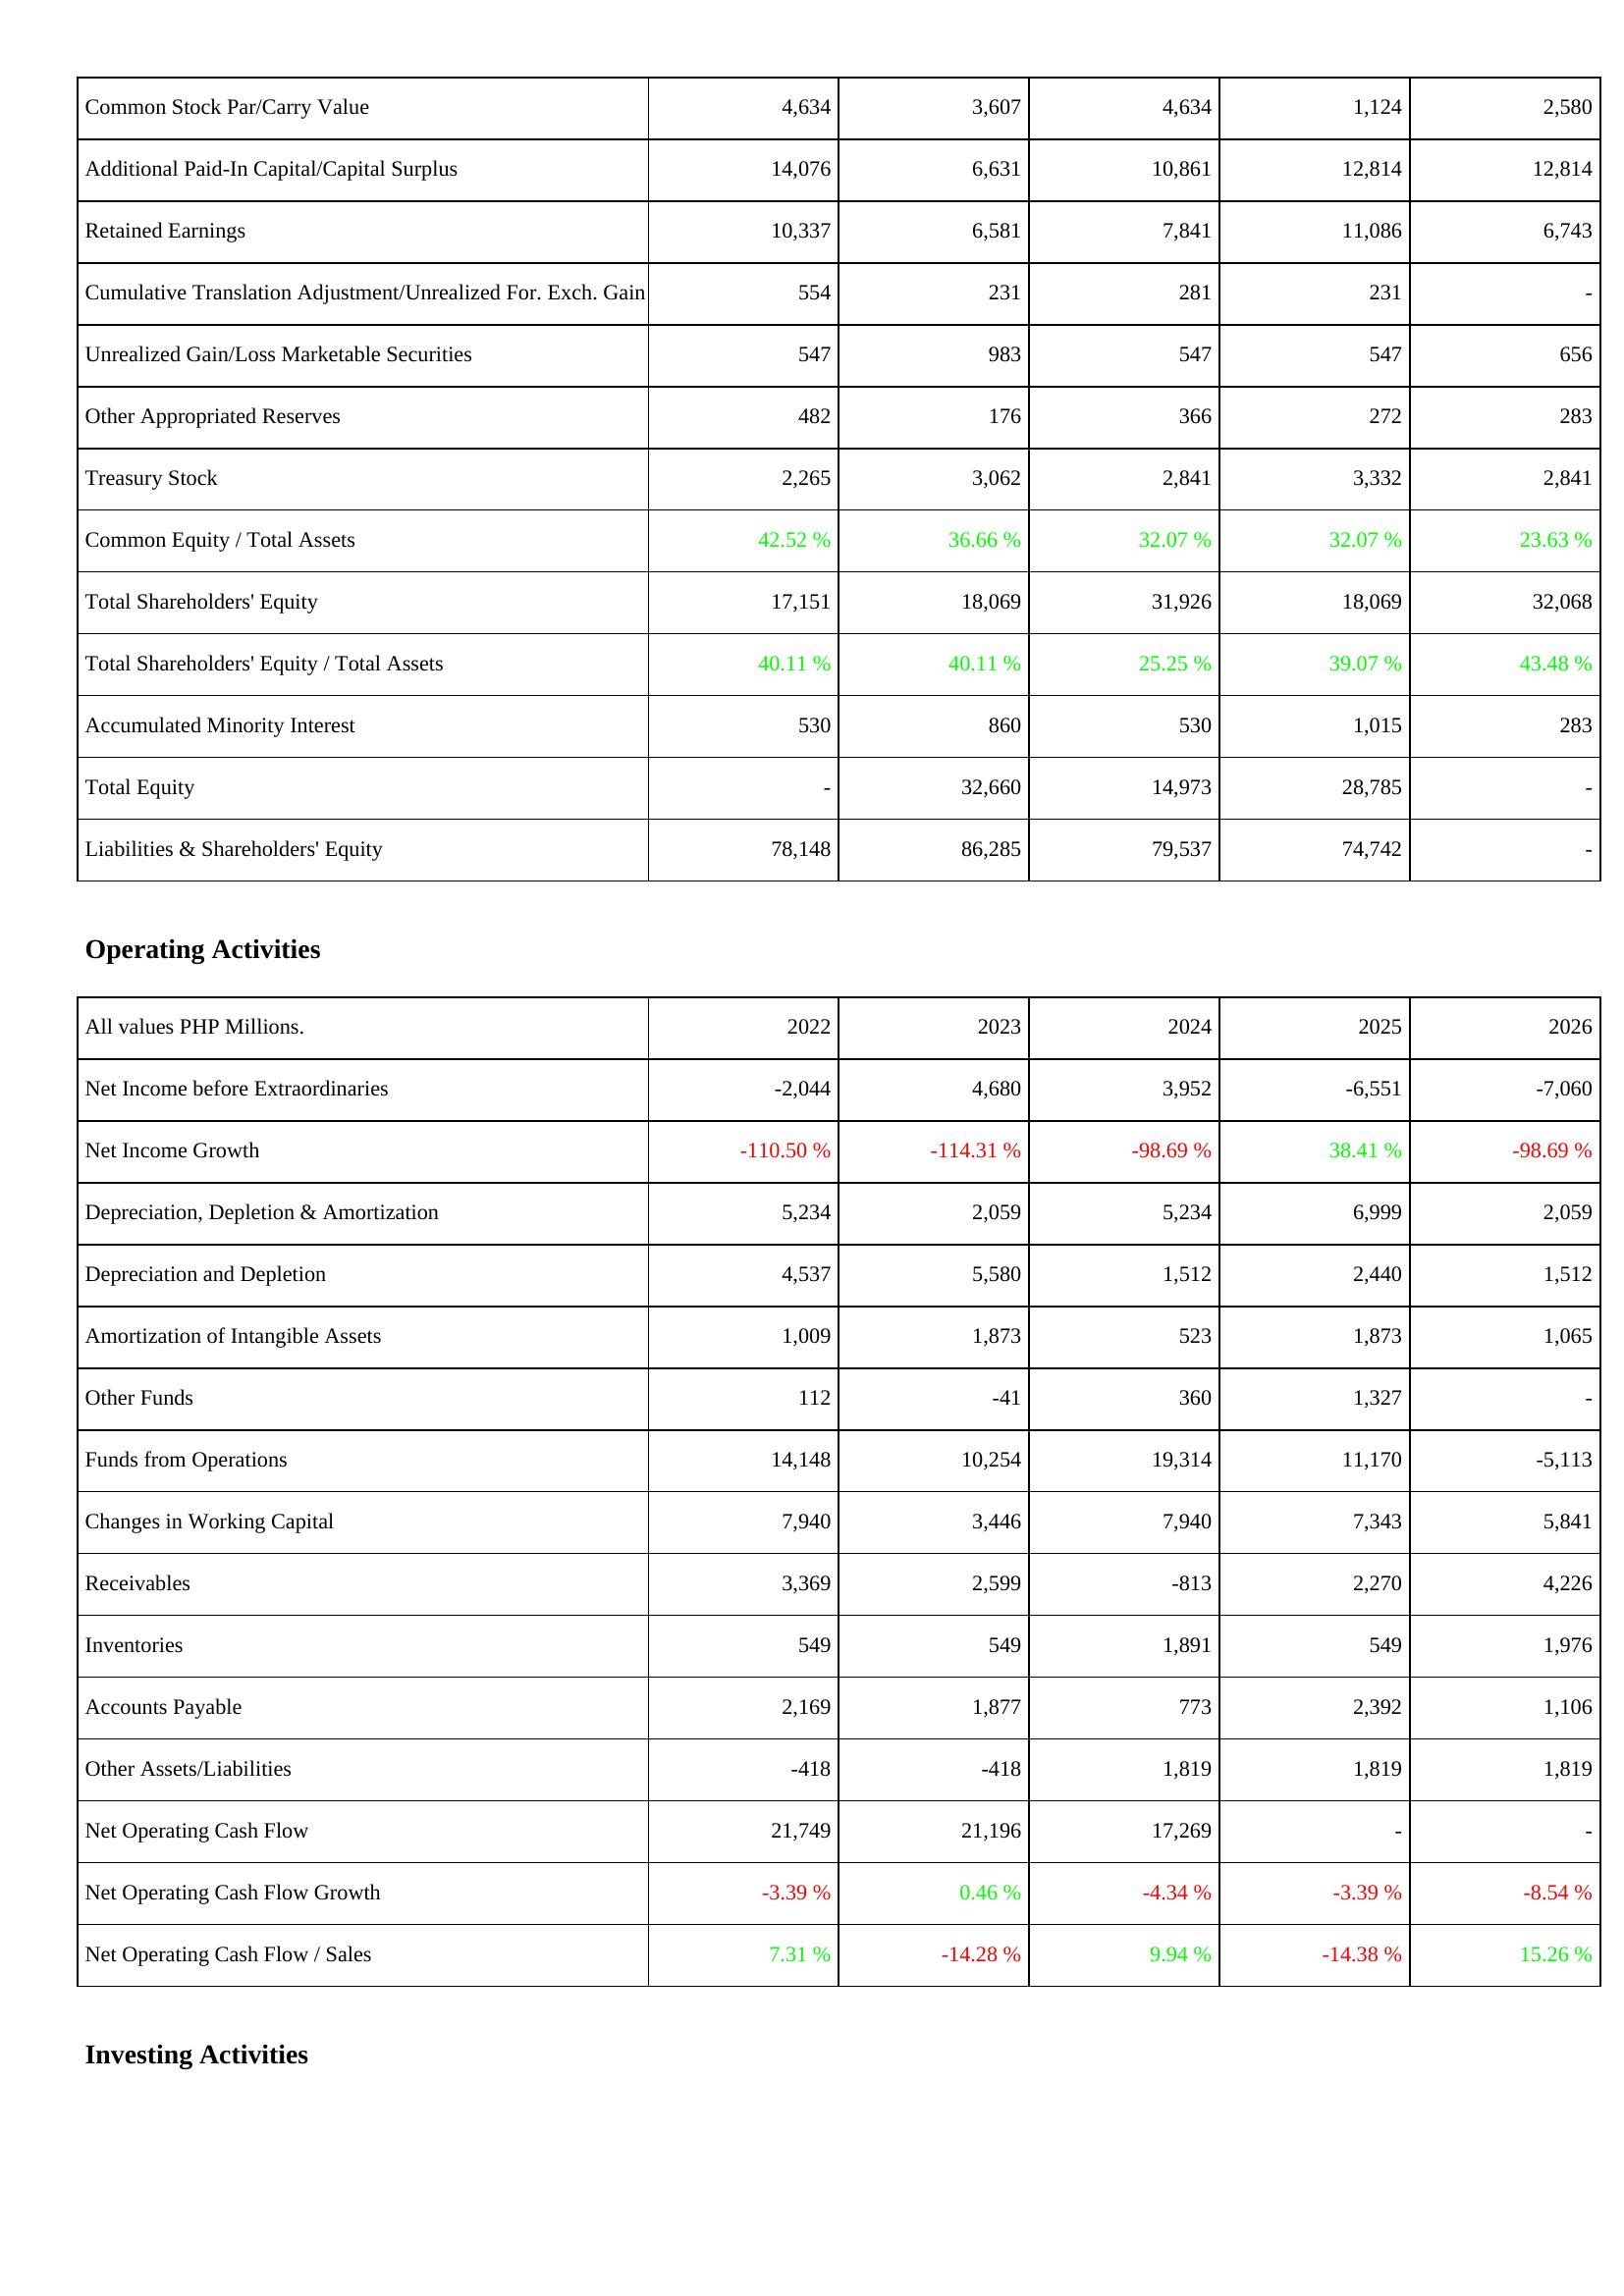
2022: Liabilities & Shareholders' Equity: Common Stock Par/Carry Value: 4,634
Additional Paid-In Capital/Capital Surplus: 14,076
Retained Earnings: 10,337
Cumulative Translation Adjustment/Unrealized For. Exch. Gain: 554
Unrealized Gain/Loss Marketable Securities: 547
Other Appropriated Reserves: 482
Treasury Stock: 2,265
Common Equity / Total Assets: 42.52 %
Total Shareholders' Equity: 17,151
Total Shareholders' Equity / Total Assets: 40.11 %
Accumulated Minority Interest: 530
Total Equity: -
Liabilities & Shareholders' Equity: 78,148
Operating Activities: Net Income before Extraordinaries: -2,044
Net Income Growth: -110.50 %
Depreciation, Depletion & Amortization: 5,234
Depreciation and Depletion: 4,537
Amortization of Intangible Assets: 1,009
Other Funds: 112
Funds from Operations: 14,148
Changes in Working Capital: 7,940
Receivables: 3,369
Inventories: 549
Accounts Payable: 2,169
Other Assets/Liabilities: -418
Net Operating Cash Flow: 21,749
Net Operating Cash Flow Growth: -3.39 %
Net Operating Cash Flow / Sales: 7.31 %
2023: Liabilities & Shareholders' Equity: Common Stock Par/Carry Value: 3,607
Additional Paid-In Capital/Capital Surplus: 6,631
Retained Earnings: 6,581
Cumulative Translation Adjustment/Unrealized For. Exch. Gain: 231
Unrealized Gain/Loss Marketable Securities: 983
Other Appropriated Reserves: 176
Treasury Stock: 3,062
Common Equity / Total Assets: 36.66 %
Total Shareholders' Equity: 18,069
Total Shareholders' Equity / Total Assets: 40.11 %
Accumulated Minority Interest: 860
Total Equity: 32,660
Liabilities & Shareholders' Equity: 86,285
Operating Activities: Net Income before Extraordinaries: 4,680
Net Income Growth: -114.31 %
Depreciation, Depletion & Amortization: 2,059
Depreciation and Depletion: 5,580
Amortization of Intangible Assets: 1,873
Other Funds: -41
Funds from Operations: 10,254
Changes in Working Capital: 3,446
Receivables: 2,599
Inventories: 549
Accounts Payable: 1,877
Other Assets/Liabilities: -418
Net Operating Cash Flow: 21,196
Net Operating Cash Flow Growth: 0.46 %
Net Operating Cash Flow / Sales: -14.28 %
2024: Liabilities & Shareholders' Equity: Common Stock Par/Carry Value: 4,634
Additional Paid-In Capital/Capital Surplus: 10,861
Retained Earnings: 7,841
Cumulative Translation Adjustment/Unrealized For. Exch. Gain: 281
Unrealized Gain/Loss Marketable Securities: 547
Other Appropriated Reserves: 366
Treasury Stock: 2,841
Common Equity / Total Assets: 32.07 %
Total Shareholders' Equity: 31,926
Total Shareholders' Equity / Total Assets: 25.25 %
Accumulated Minority Interest: 530
Total Equity: 14,973
Liabilities & Shareholders' Equity: 79,537
Operating Activities: Net Income before Extraordinaries: 3,952
Net Income Growth: -98.69 %
Depreciation, Depletion & Amortization: 5,234
Depreciation and Depletion: 1,512
Amortization of Intangible Assets: 523
Other Funds: 360
Funds from Operations: 19,314
Changes in Working Capital: 7,940
Receivables: -813
Inventories: 1,891
Accounts Payable: 773
Other Assets/Liabilities: 1,819
Net Operating Cash Flow: 17,269
Net Operating Cash Flow Growth: -4.34 %
Net Operating Cash Flow / Sales: 9.94 %
2025: Liabilities & Shareholders' Equity: Common Stock Par/Carry Value: 1,124
Additional Paid-In Capital/Capital Surplus: 12,814
Retained Earnings: 11,086
Cumulative Translation Adjustment/Unrealized For. Exch. Gain: 231
Unrealized Gain/Loss Marketable Securities: 547
Other Appropriated Reserves: 272
Treasury Stock: 3,332
Common Equity / Total Assets: 32.07 %
Total Shareholders' Equity: 18,069
Total Shareholders' Equity / Total Assets: 39.07 %
Accumulated Minority Interest: 1,015
Total Equity: 28,785
Liabilities & Shareholders' Equity: 74,742
Operating Activities: Net Income before Extraordinaries: -6,551
Net Income Growth: 38.41 %
Depreciation, Depletion & Amortization: 6,999
Depreciation and Depletion: 2,440
Amortization of Intangible Assets: 1,873
Other Funds: 1,327
Funds from Operations: 11,170
Changes in Working Capital: 7,343
Receivables: 2,270
Inventories: 549
Accounts Payable: 2,392
Other Assets/Liabilities: 1,819
Net Operating Cash Flow: -
Net Operating Cash Flow Growth: -3.39 %
Net Operating Cash Flow / Sales: -14.38 %
2026: Liabilities & Shareholders' Equity: Common Stock Par/Carry Value: 2,580
Additional Paid-In Capital/Capital Surplus: 12,814
Retained Earnings: 6,743
Cumulative Translation Adjustment/Unrealized For. Exch. Gain: -
Unrealized Gain/Loss Marketable Securities: 656
Other Appropriated Reserves: 283
Treasury Stock: 2,841
Common Equity / Total Assets: 23.63 %
Total Shareholders' Equity: 32,068
Total Shareholders' Equity / Total Assets: 43.48 %
Accumulated Minority Interest: 283
Total Equity: -
Liabilities & Shareholders' Equity: -
Operating Activities: Net Income before Extraordinaries: -7,060
Net Income Growth: -98.69 %
Depreciation, Depletion & Amortization: 2,059
Depreciation and Depletion: 1,512
Amortization of Intangible Assets: 1,065
Other Funds: -
Funds from Operations: -5,113
Changes in Working Capital: 5,841
Receivables: 4,226
Inventories: 1,976
Accounts Payable: 1,106
Other Assets/Liabilities: 1,819
Net Operating Cash Flow: -
Net Operating Cash Flow Growth: -8.54 %
Net Operating Cash Flow / Sales: 15.26 %